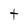
Character: t